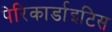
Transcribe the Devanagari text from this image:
पेरिकार्डाइटिस